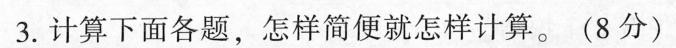
3. 计算下面各题，怎样简便就怎样计算。(8分)